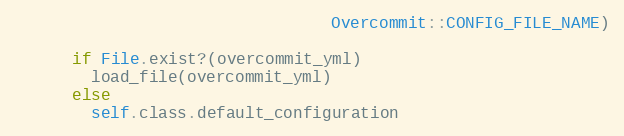
Language: Ruby
                                 Overcommit::CONFIG_FILE_NAME)

      if File.exist?(overcommit_yml)
        load_file(overcommit_yml)
      else
        self.class.default_configuration